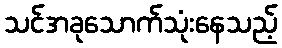
သင်အခုသောက်သုံးနေသည့်